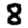
Digit: 8